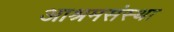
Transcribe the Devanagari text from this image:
आश्रमसंस्था